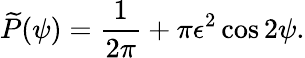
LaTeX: \widetilde{P}(\psi)=\frac{1}{2\pi}+\pi\epsilon^{2}\cos 2\psi.